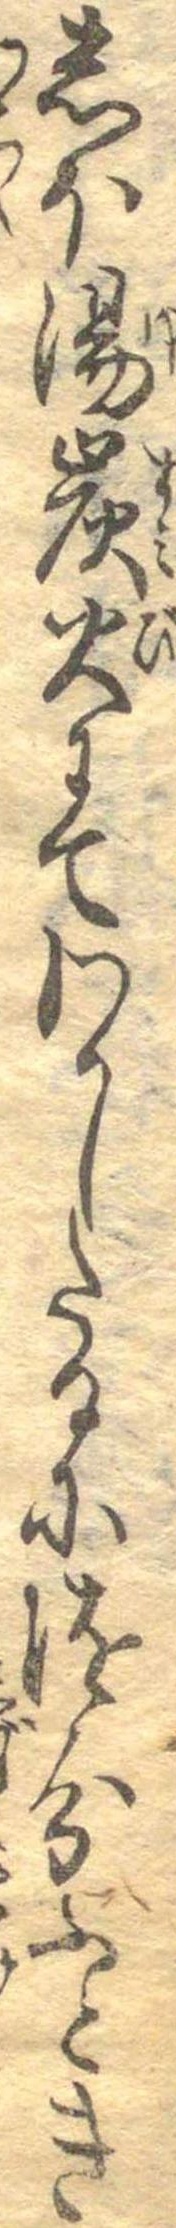
しほ湯炭火にてわかしたるに随分ふとき